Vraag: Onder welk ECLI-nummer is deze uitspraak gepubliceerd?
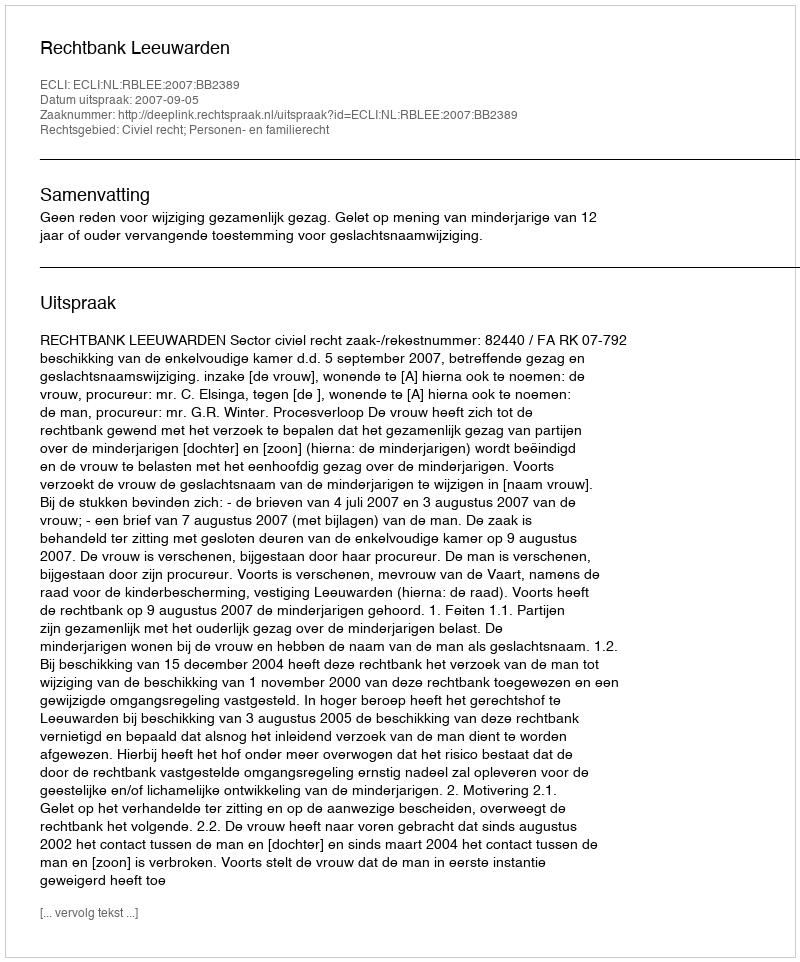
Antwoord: ECLI:NL:RBLEE:2007:BB2389